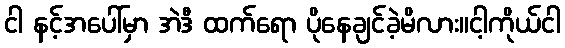
ငါ နင့်အပေါ်မှာ အဲဒီ ထက်ရော ပိုနေချင်ခဲ့မိလား။ငါ့ကိုယ်ငါ